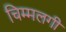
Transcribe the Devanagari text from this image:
चिम्मलगी